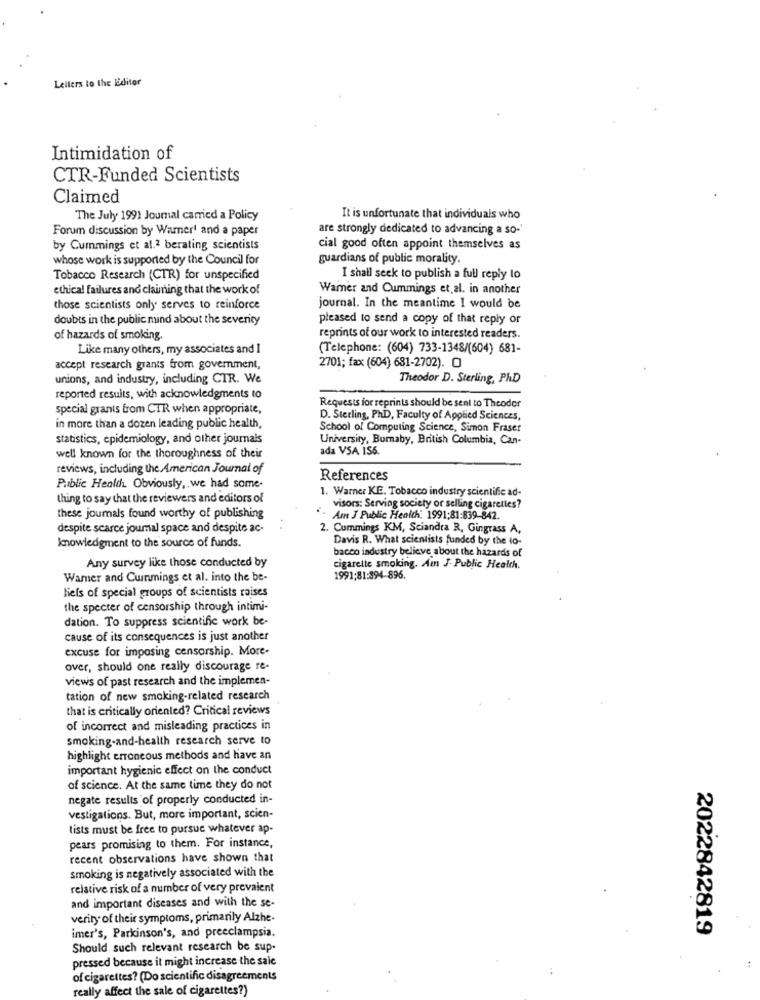
Letters to the Editor
Intimidation of
CTR-Funded Scientists
Claimed
The July 1991 Journal carried a Policy
It is unfortunate that individuals who
Forum discussion by Warner' and a paper
are strongly dedicated to advancing a so-
by Cummings et al.2 berating scientists
cial good often appoint themselves as
whose work is supported by the Council for
guardians of public morality.
Tobacco Research (CTR) for unspecified
I shall seek to publish a full reply to
ethical failures and claiming that the work of
Wamer and Cummings et.al. in another
those scientists only serves to reinforce
journal. In the meantime I would be
doubts in the public mind about the severity
pleased to send a copy of that reply or
of hazards of smoking.
reprints of our work to interested readers.
Like many others, my associates and 1
(Telephone: (604) 733-1348/(604) 681-
accept research granis from government,
2701; fax (604) 681-2702). O
unions, and industry, including CTR. We
Theodor D. Sterling, PhD
reported results, with acknowledgments to
Requests for reprints should be sent to Theodor
special grants from CTR when appropriate,
D. Sterling, PhD, Faculty of Applied Sciences,
in more than a dozen leading public health,
School of Computing Science, Simon Fraser
statistics, epidemiology, and other journals
University, Burnaby, British Columbia, Can-
ada VSA IS6.
well known for the thoroughness of their
reviews, including the American Journal of
References
Public Health Obviously, we had some-
1. Warner KE. Tobacco industry scientific ad-
thing to say that the reviewers and editors of
visors: Serving society or selling cigarettes?
these joumals found worthy of publishing
Am J Public Health: 1991;81:839-842.
despite scarce joumal space and despite ac-
2. Cummings KM, Sciandra R, Gingrass A,
Davis R. What scientists funded by the lo-
knowledgment to the source of funds.
bacco industry believe about the hazards of
Any survey like those conducted by
cigarette smoking. Aun J. Public Health.
Wamer and Cummings et al. into the be-
1991;81:394-896.
Niels of special groups of scientists raises
the specter of censorship through intimi-
dation. To suppress scientific work be-
cause of its consequences is just another
excuse for imposing censorship. More-
over, should one really discourage re-
views of past research and the implemen-
tation of new smoking-related research
that is critically oriented? Critical reviews
of incorrect and misleading practices in
smoking-and-health research serve to
highlight erroneous methods and have an
important hygienic effect on the conduct
of science. At the same time they do not
negate results of properly conducted in-
vestigations. But, more important, scien-
tists must be free to pursue whatever ap-
pears promising to them. For instance,
recent observations have shown that
smoking is negatively associated with the
relative risk of a number of very prevalent
and important diseases and with the se-
verity of their symptoms, primarily Alzhe-
2022842819
imer's, Parkinson's, and preeclampsia.
Should such relevant research be sup-
pressed because it might increase the sale
of cigarettes? (Do scientific disagreements
really affect the sale of cigarettes?)